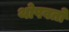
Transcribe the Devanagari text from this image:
थोपवतो